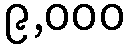
၉,၀၀၀